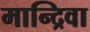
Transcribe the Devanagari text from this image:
मान्द्रिवा